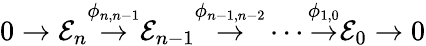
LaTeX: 0\to{\mathcal{E}}_{n}{\overset{\phi_{n,n-1}}{\rightarrow}}{\mathcal{E}}_{n-1}{\overset{\phi_{n-1,n-2}}{\rightarrow}}\cdots{\overset{\phi_{1,0}}{\rightarrow}}{\mathcal{E}}_{0}\to 0